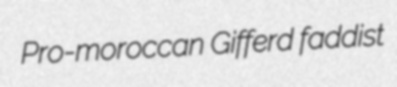
Pro-moroccan Gifferd faddist